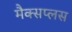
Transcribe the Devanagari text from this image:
मैक्सप्लस